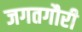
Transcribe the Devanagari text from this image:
जगतगौरी